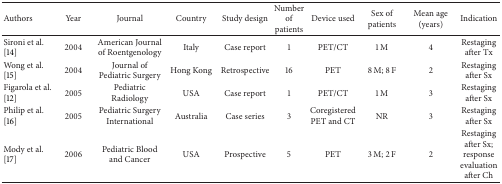
<table><thead><tr><td><b>Authors</b></td><td><b>Year</b></td><td><b>Journal</b></td><td><b>Country</b></td><td><b>Study design</b></td><td><b>Number of patients</b></td><td><b>Device used</b></td><td><b>Sex of patients</b></td><td><b>Mean age (years)</b></td><td><b>Indication</b></td></tr></thead><tbody><tr><td>Sironi et al. [14]</td><td>2004</td><td>American Journal of Roentgenology</td><td>Italy</td><td>Case report</td><td>1</td><td>PET/CT</td><td>1 M</td><td>4</td><td>Restaging after Tx</td></tr><tr><td>Wong et al. [15]</td><td>2004</td><td>Journal of Pediatric Surgery</td><td>Hong Kong</td><td>Retrospective</td><td>16</td><td>PET</td><td>8 M; 8 F</td><td>2</td><td>Restaging after Sx</td></tr><tr><td>Figarola et al. [12]</td><td>2005</td><td>Pediatric Radiology</td><td>USA</td><td>Case report</td><td>1</td><td>PET/CT</td><td>1 M</td><td>3</td><td>Restaging after Sx</td></tr><tr><td>Philip et al. [16]</td><td>2005</td><td>Pediatric Surgery International</td><td>Australia</td><td>Case series</td><td>3</td><td>Coregistered PET and CT</td><td>NR</td><td>3</td><td>Restaging after Sx</td></tr><tr><td>Mody et al. [17]</td><td>2006</td><td>Pediatric Blood and Cancer</td><td>USA</td><td>Prospective</td><td>5</td><td>PET</td><td>3 M; 2 F</td><td>2</td><td>Restaging after Sx; response evaluation after Ch</td></tr></tbody></table>